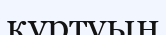
құртуын